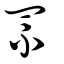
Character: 罘